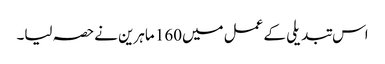
اس تبدیلی کے عمل میں160 ماہرین نےحصہ لیا۔